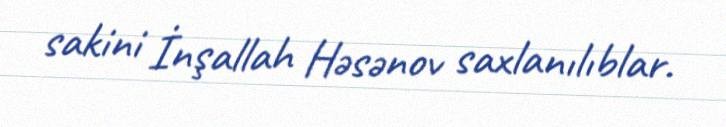
sakini İnşallah Həsənov saxlanılıblar.